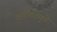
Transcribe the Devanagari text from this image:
ॠषींच्यामुळें